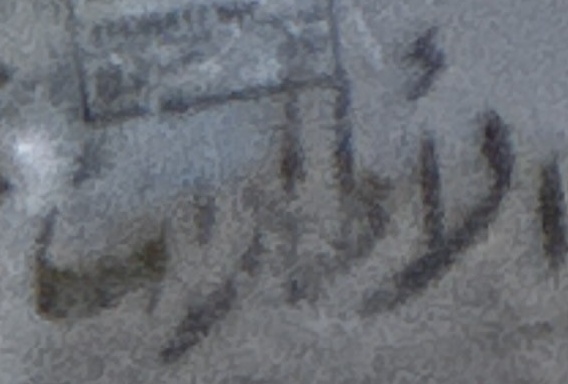
الأطارات